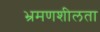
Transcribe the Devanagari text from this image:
भ्रमणशीलता